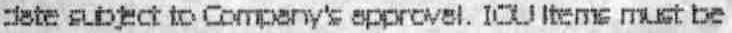
DATE SUBJECT TO COMPANY'S APPROVAL. IOU ITEMS MUST BE